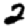
Digit: 2